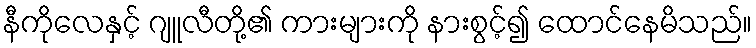
နီကိုလေနှင့် ဂျူလီတို့၏ ကားများကို နားစွင့်၍ ထောင်နေမိသည်။